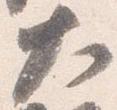
大